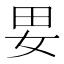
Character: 㚻